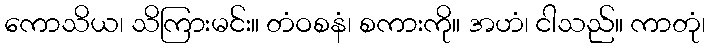
ကောသိယ၊ သိကြားမင်း။ တံဝစနံ၊ စကားကို။ အဟံ၊ ငါသည်။ ကာတုံ၊